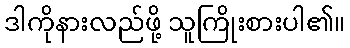
ဒါကိုနားလည်ဖို့ သူကြိုးစားပါ၏။